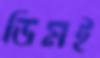
ডিমই